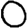
Digit: 0